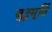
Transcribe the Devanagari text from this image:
बुद्धमूर्ति